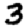
Digit: 3